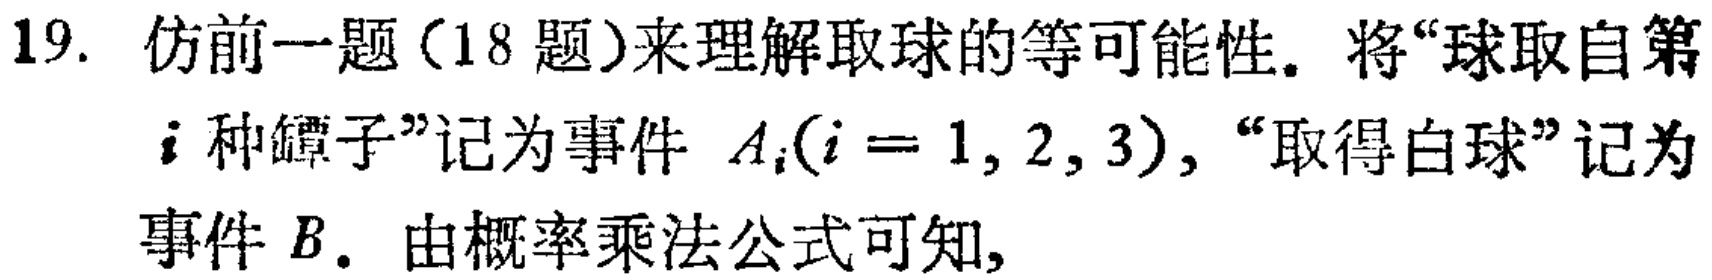
19. 仿前一题（18 题）来理解取球的等可能性。将“球取自第

\(i\)种罐子”记为事件 \(A_{i}(i = 1, 2, 3)\)，“取得白球”记为

事件 \(B\)。由概率乘法公式可知,